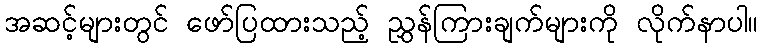
အဆင့်များတွင် ဖော်ပြထားသည့် ညွှန်ကြားချက်များကို လိုက်နာပါ။